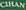
Cihan